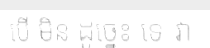
បើ មិន ដូច្នេះ ទេ វា